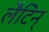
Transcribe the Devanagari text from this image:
लैटिन्